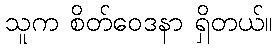
သူက စိတ်ဝေဒနာ ရှိတယ်။